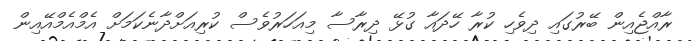
ރާއްޖެއިން ބޭރުގައި ދިވެހި ކުރާ ހޭދައާ ގުޅޭ ދިރާސާ މިއަހަރުވެސް ކުރިއަށްދާނެކަމަށް އެމްއެމްއޭއިން